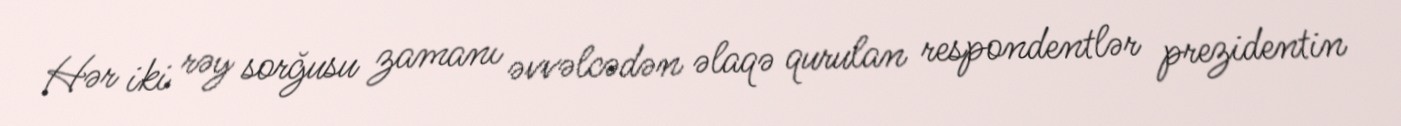
Hər iki rəy sorğusu zamanı əvvəlcədən əlaqə qurulan respondentlər prezidentin